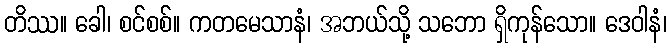
တိဿ။ ခေါ၊ စင်စစ်။ ကတမေသာနံ၊ အဘယ်သို့ သဘော ရှိကုန်သော။ ဒေဝါနံ၊